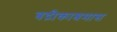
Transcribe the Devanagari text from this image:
बद्रीकाश्रमास